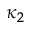
\kappa _ { 2 }